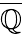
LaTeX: \overline{{\mathbb{Q}}}